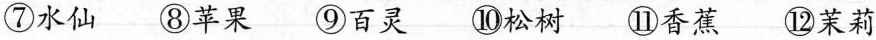
⑧苹果 ⑨百灵 ⑩松树 ⑪香蕉 ⑫茉莉